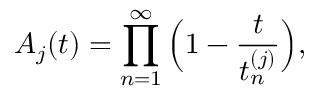
A _ { j } ( t ) = \prod _ { n = 1 } ^ { \infty } \Big ( 1 - \frac { t } { t _ { n } ^ { ( j ) } } \Big ) ,